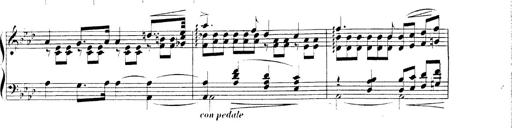
Title: 3 Chansons
Composer: Franz Liszt